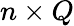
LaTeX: n\times Q